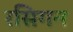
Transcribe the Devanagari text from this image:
रसिगन